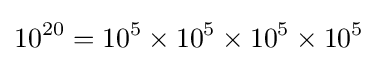
10^{20}=10^{5}\times 10^{5}\times 10^{5}\times 10^{5}